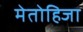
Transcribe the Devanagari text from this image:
मेतोहिजा